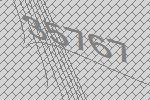
35767